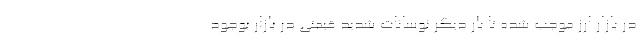
در بازار ارز موجب شده تا بار دیگر نوسانات شدید قیمتی در بازار بوجود